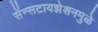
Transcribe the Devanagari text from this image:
सेंन्सटायझेशनमुळे